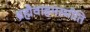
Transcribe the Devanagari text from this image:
ब्रह्मैवाहमस्मीति